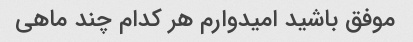
موفق باشید امیدوارم هر کدام چند ماهی